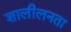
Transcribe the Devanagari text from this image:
शालीलनता